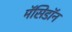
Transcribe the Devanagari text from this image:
मॅसिडॉन